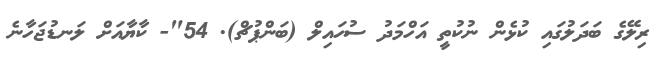
ރިލޭގެ ބަދަލުގައި ކުޅެން ނުކުތީ އަހްމަދު ސުހައިލް (ބަންޕުޗް). 54"- ކާޔާއަށް ލަނޑުޖަހާނެ